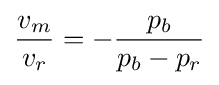
{\frac {v_{m}}{v_{r}}}=-{\frac {p_{b}}{p_{b}-p_{r}}}